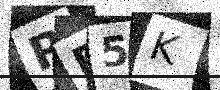
Text: RP5K